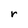
Character: r